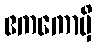
ဧကကောမှိ